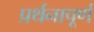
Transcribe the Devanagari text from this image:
प्रर्थनापूर्ण